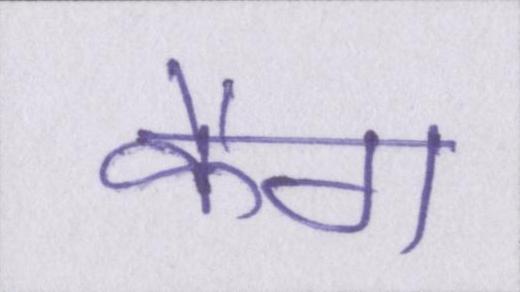
कैग